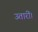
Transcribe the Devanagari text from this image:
उतारीं।